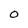
Character: 0